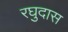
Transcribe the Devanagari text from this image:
रघुदास